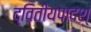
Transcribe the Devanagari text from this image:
द्वितीयपादश्